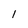
Character: 1